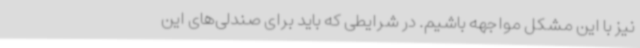
نیز با این مشکل مواجهه باشیم. در شرایطی که باید برای صندلی‌های این